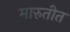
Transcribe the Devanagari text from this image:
मारुतीत